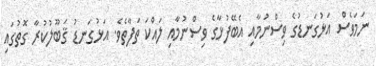
ނަމަވެސް އަޅުގަނޑުގެ ވިސްނުމާއި އެބޭފުޅާގެ ވިސްނުމާއި ލައްކަ ތަފާތެވެ. އަޅުގަނޑު ޤަބޫލުކުރާ ގޮތުގައި